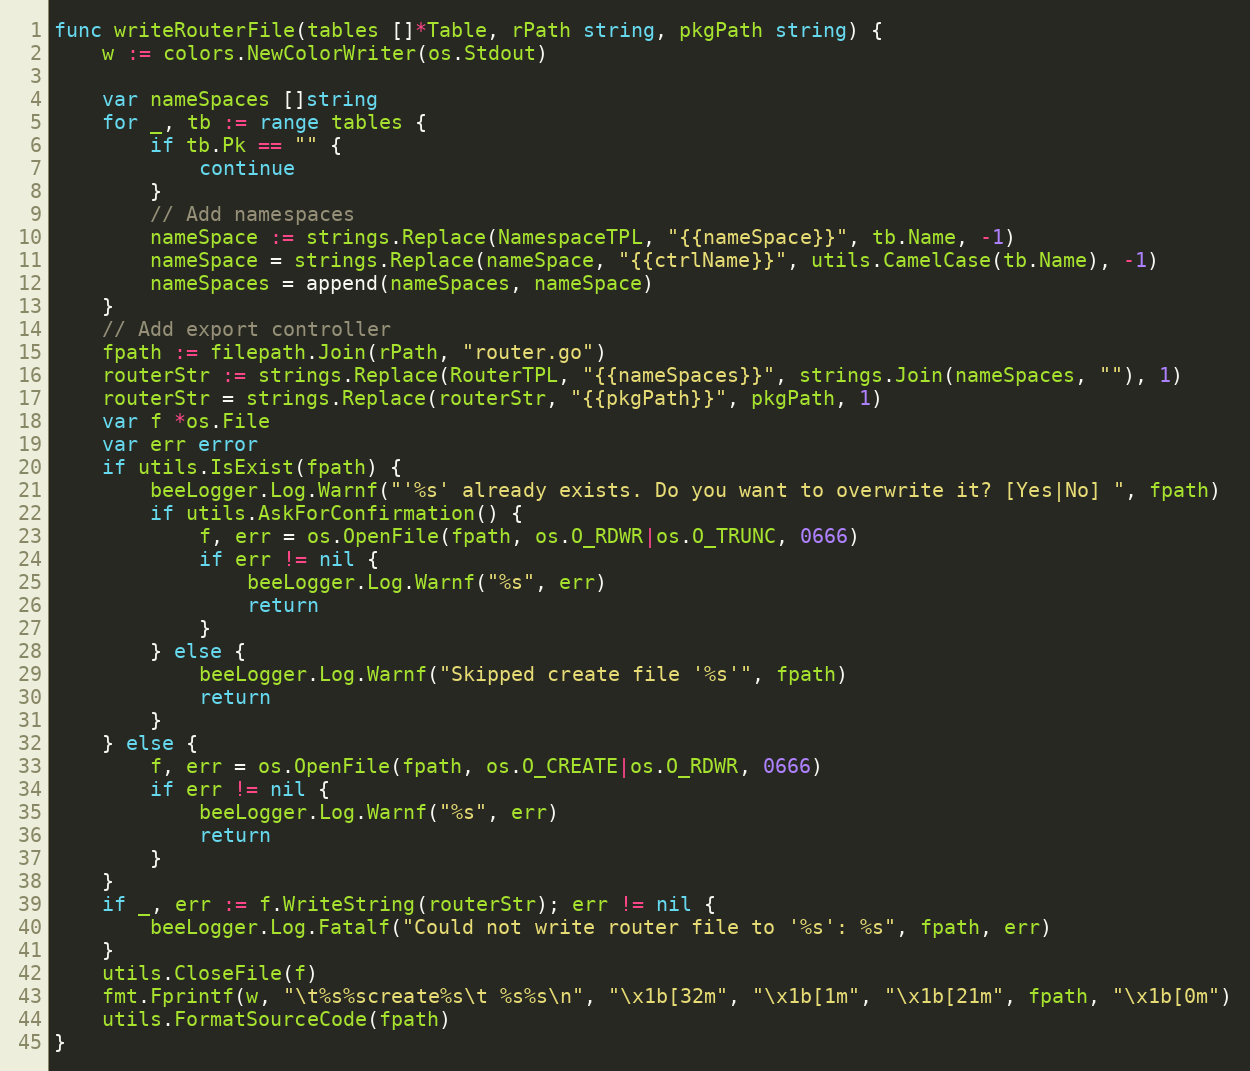
Language: Go
func writeRouterFile(tables []*Table, rPath string, pkgPath string) {
	w := colors.NewColorWriter(os.Stdout)

	var nameSpaces []string
	for _, tb := range tables {
		if tb.Pk == "" {
			continue
		}
		// Add namespaces
		nameSpace := strings.Replace(NamespaceTPL, "{{nameSpace}}", tb.Name, -1)
		nameSpace = strings.Replace(nameSpace, "{{ctrlName}}", utils.CamelCase(tb.Name), -1)
		nameSpaces = append(nameSpaces, nameSpace)
	}
	// Add export controller
	fpath := filepath.Join(rPath, "router.go")
	routerStr := strings.Replace(RouterTPL, "{{nameSpaces}}", strings.Join(nameSpaces, ""), 1)
	routerStr = strings.Replace(routerStr, "{{pkgPath}}", pkgPath, 1)
	var f *os.File
	var err error
	if utils.IsExist(fpath) {
		beeLogger.Log.Warnf("'%s' already exists. Do you want to overwrite it? [Yes|No] ", fpath)
		if utils.AskForConfirmation() {
			f, err = os.OpenFile(fpath, os.O_RDWR|os.O_TRUNC, 0666)
			if err != nil {
				beeLogger.Log.Warnf("%s", err)
				return
			}
		} else {
			beeLogger.Log.Warnf("Skipped create file '%s'", fpath)
			return
		}
	} else {
		f, err = os.OpenFile(fpath, os.O_CREATE|os.O_RDWR, 0666)
		if err != nil {
			beeLogger.Log.Warnf("%s", err)
			return
		}
	}
	if _, err := f.WriteString(routerStr); err != nil {
		beeLogger.Log.Fatalf("Could not write router file to '%s': %s", fpath, err)
	}
	utils.CloseFile(f)
	fmt.Fprintf(w, "\t%s%screate%s\t %s%s\n", "\x1b[32m", "\x1b[1m", "\x1b[21m", fpath, "\x1b[0m")
	utils.FormatSourceCode(fpath)
}